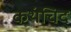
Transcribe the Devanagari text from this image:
कथंचिद्